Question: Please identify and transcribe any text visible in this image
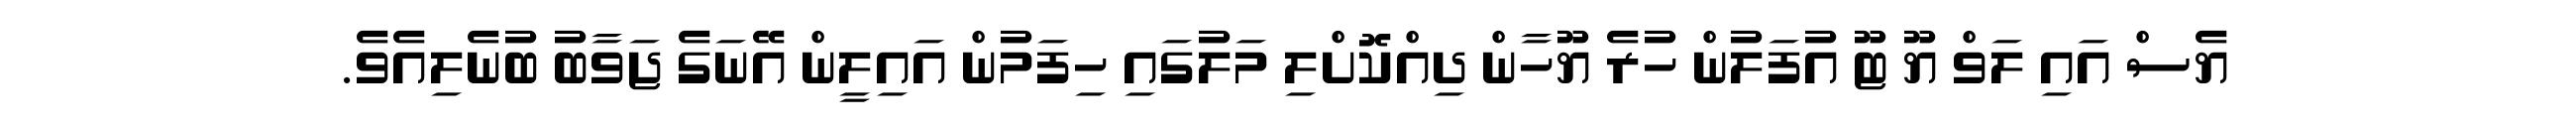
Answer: ޔެސް އައި ލަވް ޔޫ ޓޫ އުފަލުން ހުރެ ޔޫހާން ދިއްކޮށްލި މަލުގައި ހިފަމުން އައިލީން އޭނަގެ ޖަވާބު ބުނެލިއެވެ.